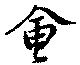
會